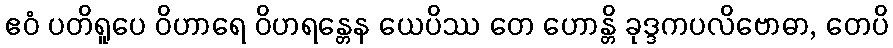
ဧဝံ ပတိရူပေ ဝိဟာရေ ဝိဟရန္တေန ယေပိဿ တေ ဟောန္တိ ခုဒ္ဒကပလိဗောဓာ, တေပိ